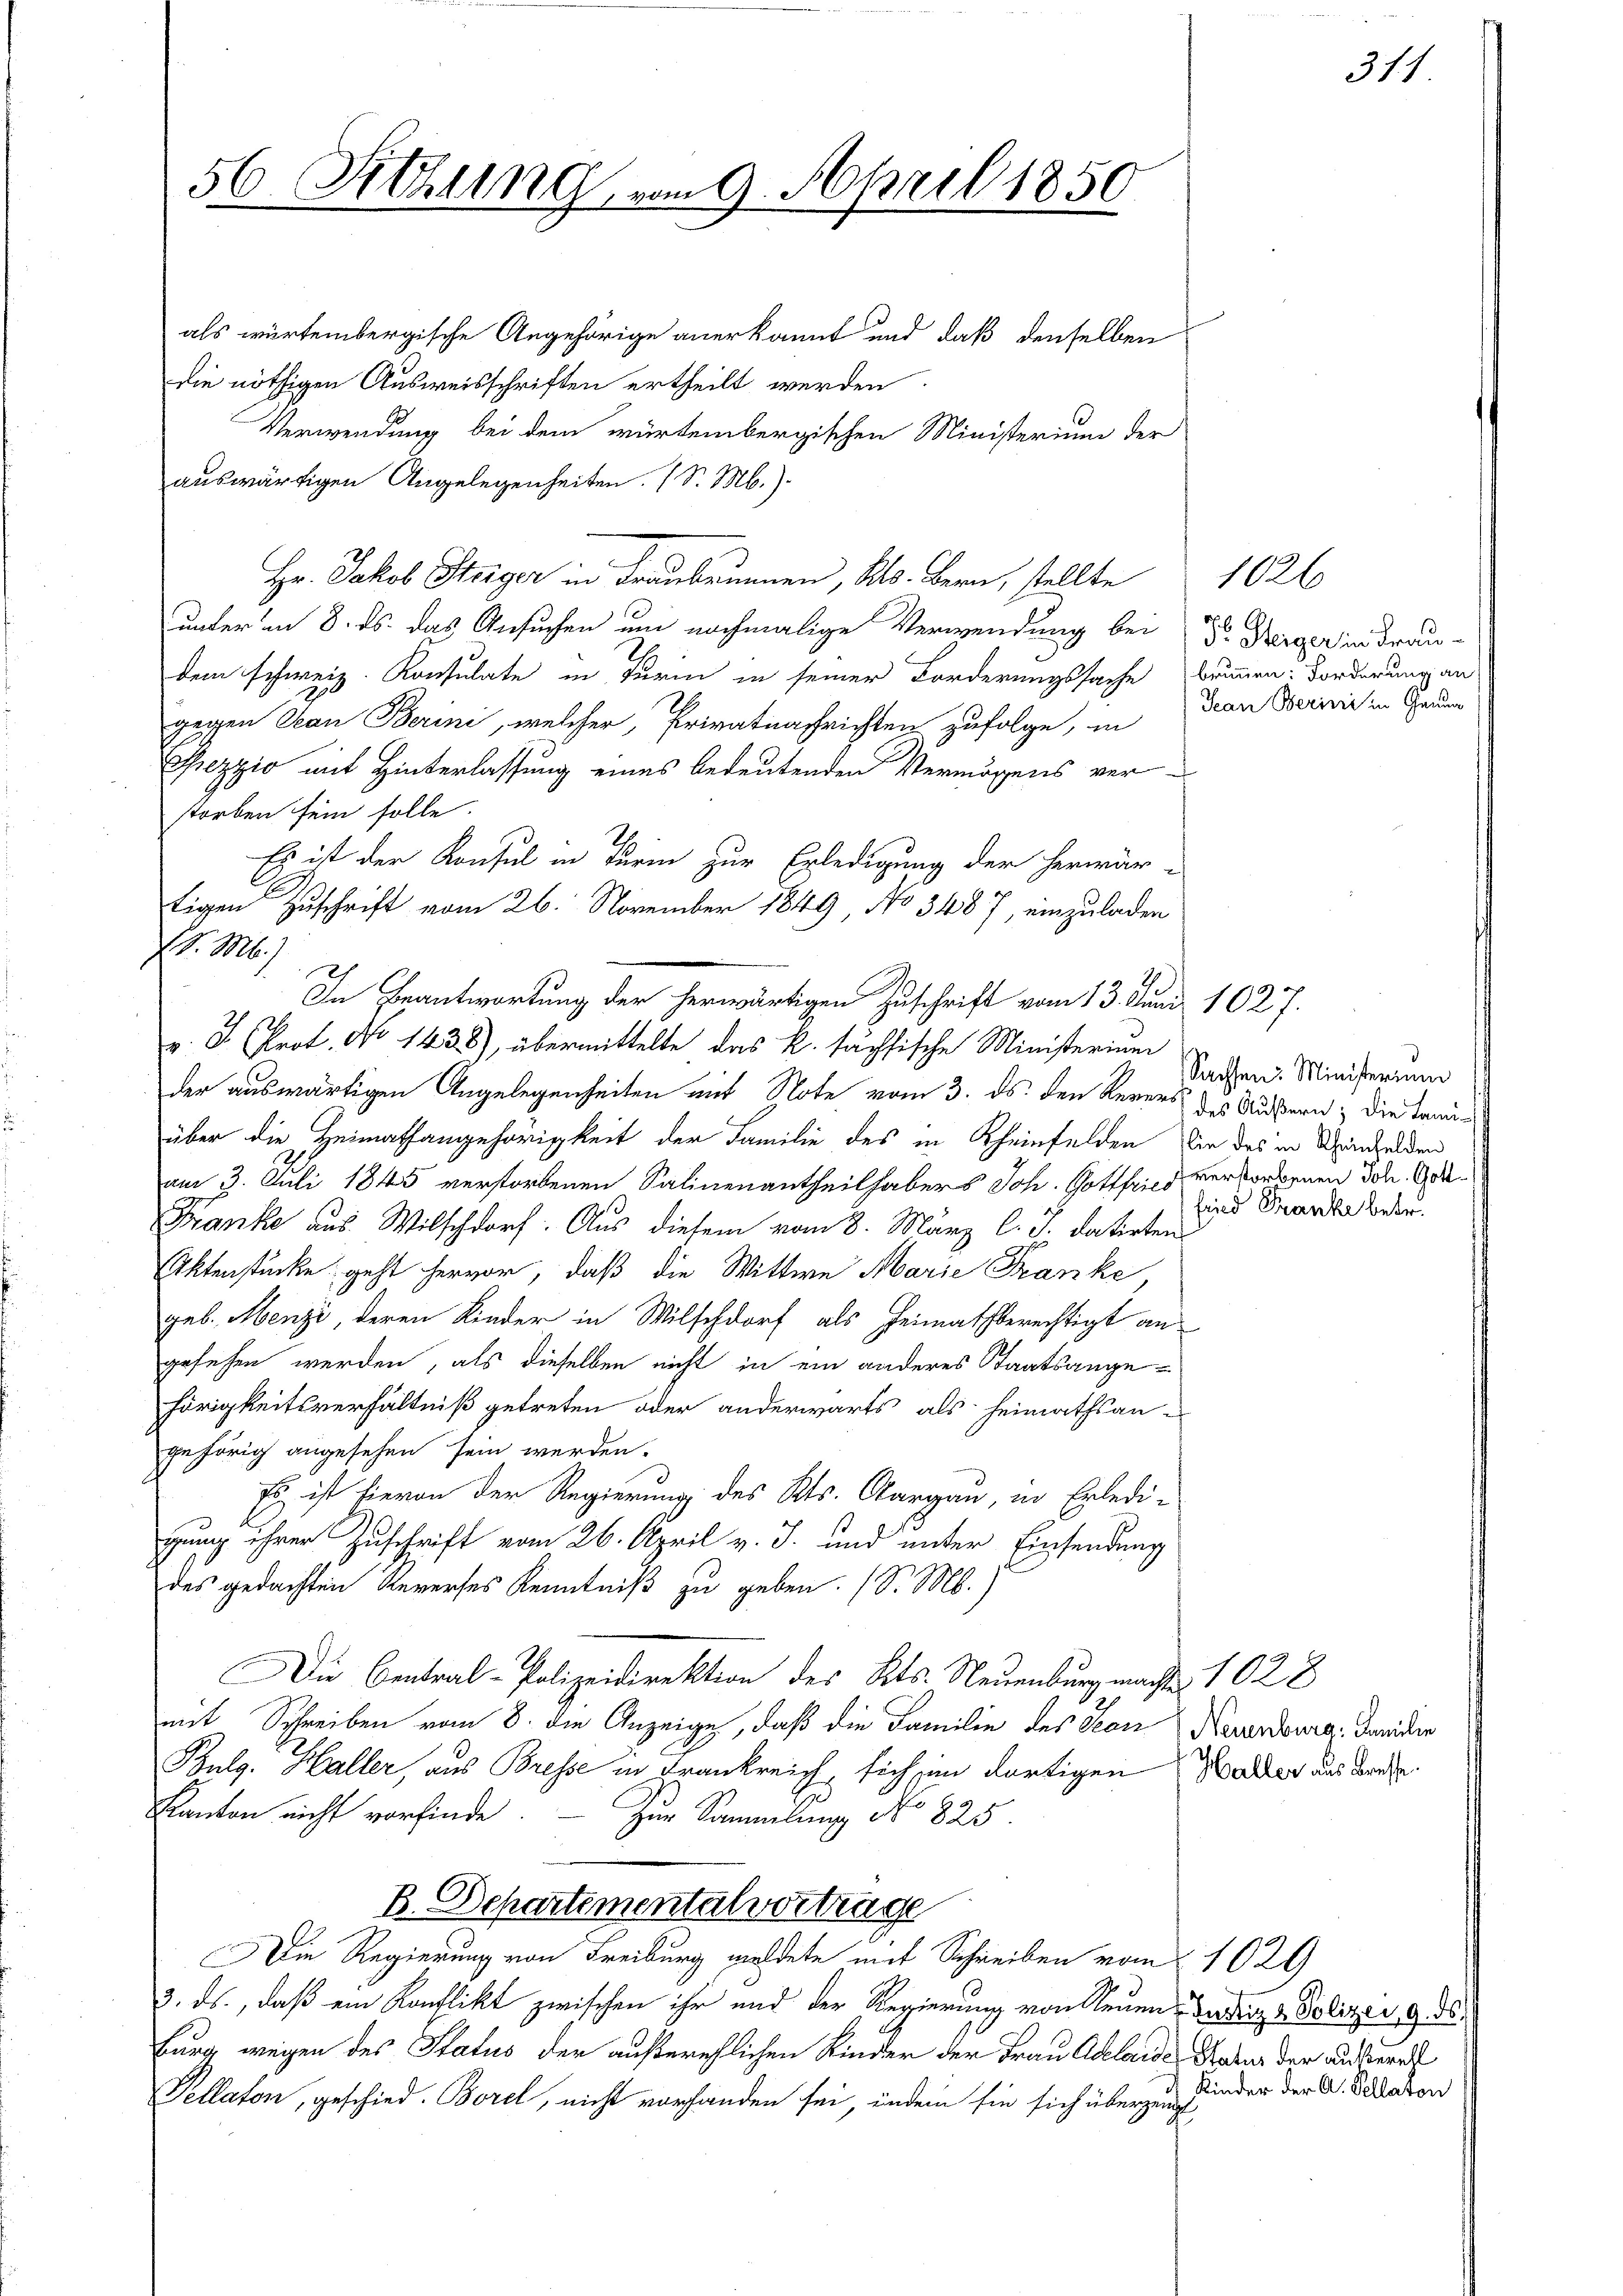
56. Sitzung vom 9. April 1850

als würtembergische Angehörige anerkannt und daß denselben
die nöthigen Ausweisschriften ertheilt werden.
Verwendung bei dem würtembergischen Ministerium der
auswärtigen Angelegenheiten. (S. M.)
Hr. Jakob Steiger in Franbrunnen, Kts. Bern, stellte
unter am 8. ds. das Ansuchen um nochmalige Verwendung bei Sr. Derger in drau-
dem schweiz. Konsulate in Turin in seiner Forderungssache Brunnen: Forderung an
gegen San Berini, welcher, Privatnafrichten zufolge, in
Chezzio mit Hinterlassung eines bedeutenden Vermögens ver-
storben sein solle.
Es ist der Konsul in Turm zur Erledigung der herwär-
tigen Zuschrift vom 26. November 1849 No 3487, einzuladen
In Beantwortung der herwärtigen Zuschrift vom 13. Juni 1827.
v. J. Prot. No 1438), übermittelte das k. sächsische Ministerium
der auswärtigen Angelegenheiten mit Note vom 3. ds. den Kerers des Äußern; die Tanüber die Heimathangehörigkeit der Familie des in Rheinfelden sie des in Andelden
am 3. Juli 1845 verstorbenen Salinenantheilhabers Joh. Gottfried verstorbenen Joh. Got¬
Franke aus Wilschdorf. Aus diesem vom 8. März l. J. datirten
Aktenstücke geht hervor, daß die Wittwe Marie Franke
geb. Menzi, deren Kinder in Wilschdorf als Heimathberechtigt an
gesehen werden, als dieselben nicht in ein anderes Staatsangehörigkeitsverhältniß getreten oder anderwärts als heimathsan-
gehörig angesehen sein werden.
Es ist hievon der Regierung des Kts. Aargau, in Erledi-
gung ihrer Zuschrift vom 26. April v. J. und unter Einsendung
des gedachten Reverses Kenntniß zu geben. (S. M.)
Die Central-Polizeidirektion des Kts. Neuenburg macht. 1028
mit Schreiben vom 8. die Anzeige, daß die Familie des San Neuenburg, danider
Bulg. Haller, aus Bresse in Frankreich, sich im dortigen Walder aus Dache
Kanton nicht vorfinde.
Zur Sammlung No 825
B. Departemental vortrage
Die Regierung von Freiburg meldete mit Schreiben vom 1029
3. ds., daß ein Konflikt zwischen ihr und der Regierung von Neuen Patriz & Polizei, 9. ds.
burg wegen des Status der außerehlichen Kinder der Frau Adelaide Gaber der aussere
Pellaton, geschied. Borel, nicht vorhanden sei, indem sie sich überzeit

M. M.

Jean Berini in Genua

Sachsen. Ministerium
fried Franke betr.

1026

Kinder der A. Kellaton

311.